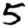
Digit: 5